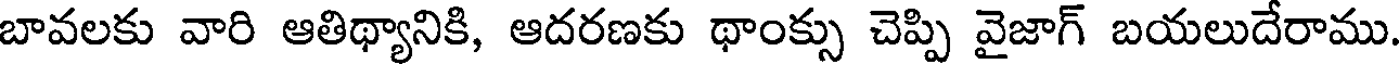
బావలకు వారి ఆతిథ్యానికి, ఆదరణకు థాంక్సు చెప్పి వైజాగ్ బయలుదేరాము.